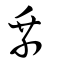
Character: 乗